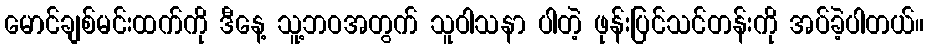
မောင်ချစ်မင်းထက်ကို ဒီနေ့ သူ့ဘဝအတွက် သူဝါသနာ ပါတဲ့ ဖုန်းပြင်သင်တန်းကို အပ်ခဲ့ပါတယ်။